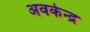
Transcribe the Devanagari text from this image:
अवकेन्द्र